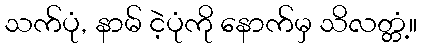
သက်ပုံ, နာမ် ငဲ့ပုံကို နောက်မှ သိလတ္တံ့။